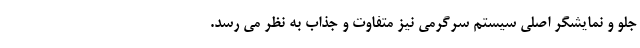
جلو و نمایشگر اصلی سیستم سرگرمی نیز متفاوت و جذاب به نظر می رسد.